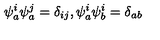
\psi _ { a } ^ { i } \psi _ { a } ^ { j } = \delta _ { i j } , \psi _ { a } ^ { i } \psi _ { b } ^ { i } = \delta _ { a b }